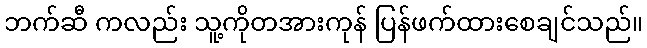
ဘက်ဆီ ကလည်း သူ့ကိုတအားကုန် ပြန်ဖက်ထားစေချင်သည်။